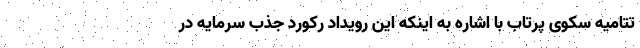
تتامیه سکوی پرتاب با اشاره به اینکه این رویداد رکورد جذب سرمایه در